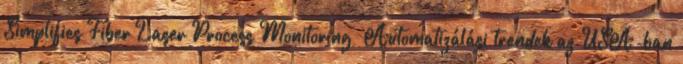
Simplifies Fiber Laser Process Monitoring» Automatizálási trendek az USA-ban